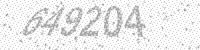
Solution: 649204